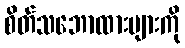
စိတ်သဘောထားများကို